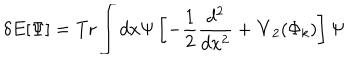
\delta E [ \Psi ] = \mathrm { T r } \int d x \Psi \left[ - { \frac { 1 } { 2 } } { \frac { d ^ { 2 } } { d x ^ { 2 } } } + { \bf V } _ { 2 } ( \Phi _ { k } ) \right] \Psi